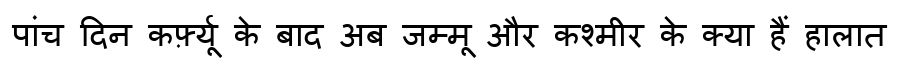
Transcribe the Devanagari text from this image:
पांच दिन कर्फ़्यू के बाद अब जम्मू और कश्मीर के क्या हैं हालात